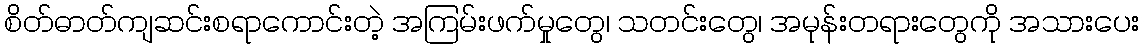
စိတ်ဓာတ်ကျဆင်းစရာကောင်းတဲ့ အကြမ်းဖက်မှုတွေ၊ သတင်းတွေ၊ အမုန်းတရားတွေကို အသားပေး